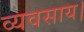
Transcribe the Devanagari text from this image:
व्यवसाय।